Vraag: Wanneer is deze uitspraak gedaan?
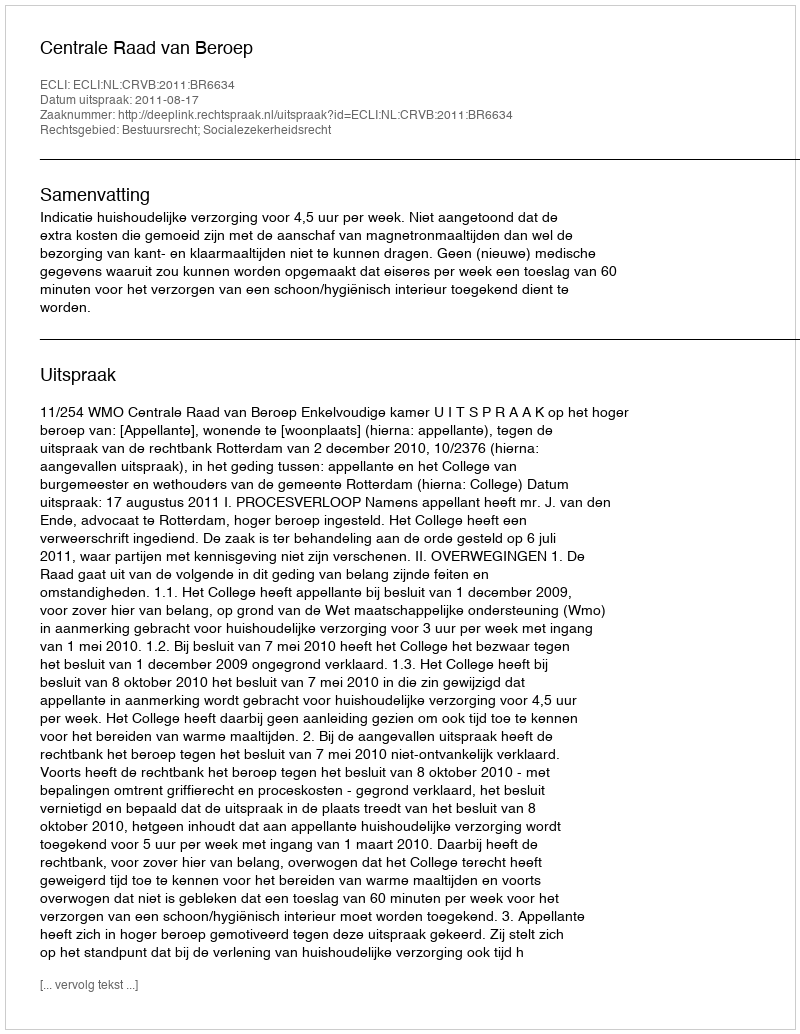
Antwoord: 2011-08-17